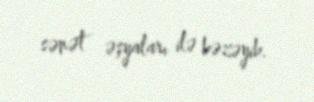
sənət əşyaları ilə bəzəyib.